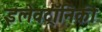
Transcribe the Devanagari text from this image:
इलेवट्रॉनिकी